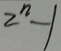
2 ^ { n } - 1